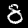
Label: 8